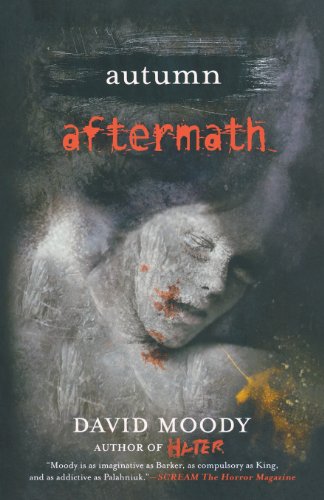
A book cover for Autumn: Aftermath (Autumn series 5); David Moody; Literature & Fiction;